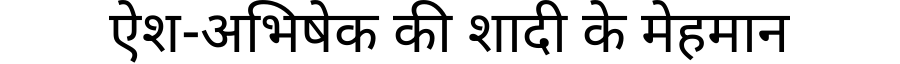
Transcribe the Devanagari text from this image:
ऐश-अभिषेक की शादी के मेहमान